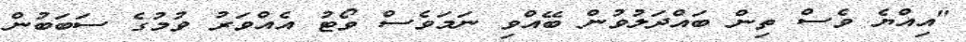
"އިއްޔެ ވެސް ތިން ބައްދަލުވުން ބޭއްވި ނަމަވެސް ވޯޓު އެއްވަރު ވުމުގެ ސަބަބުން